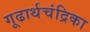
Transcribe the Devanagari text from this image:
गूढार्थचंद्रिका